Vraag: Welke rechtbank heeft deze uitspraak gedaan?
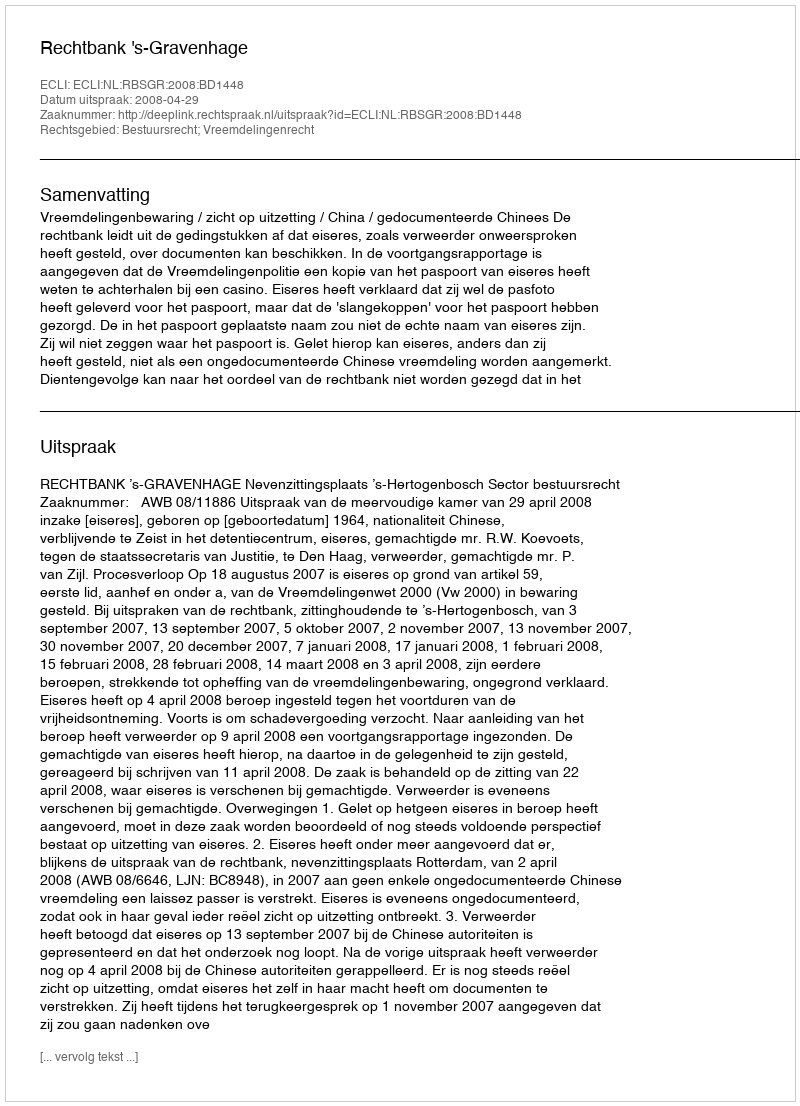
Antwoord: Rechtbank 's-Gravenhage